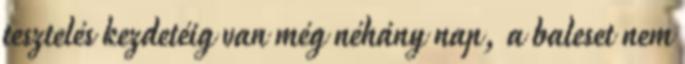
tesztelés kezdetéig van még néhány nap, a baleset nem